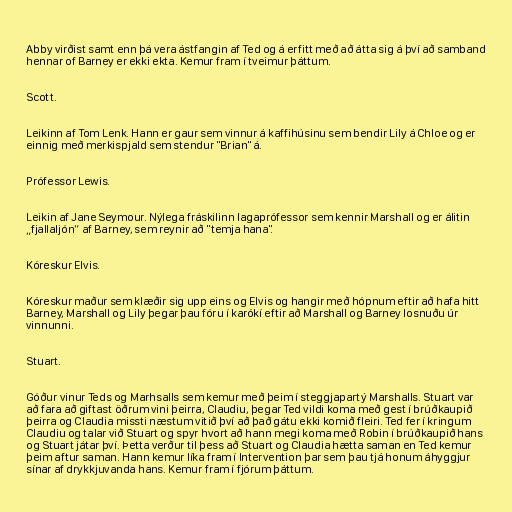
Abby virðist samt enn þá vera ástfangin af Ted og á erfitt með að átta sig á því að samband
hennar of Barney er ekki ekta. Kemur fram í tveimur þáttum.

Scott.

Leikinn af Tom Lenk. Hann er gaur sem vinnur á kaffihúsinu sem bendir Lily á Chloe og er
einnig með merkispjald sem stendur "Brian" á.

Prófessor Lewis.

Leikin af Jane Seymour. Nýlega fráskilinn lagaprófessor sem kennir Marshall og er álitin
„fjallaljón“ af Barney, sem reynir að "temja hana".

Kóreskur Elvis.

Kóreskur maður sem klæðir sig upp eins og Elvis og hangir með hópnum eftir að hafa hitt
Barney, Marshall og Lily þegar þau fóru í karókí eftir að Marshall og Barney losnuðu úr
vinnunni.

Stuart.

Góður vinur Teds og Marhsalls sem kemur með þeim í steggjapartý Marshalls. Stuart var
að fara að giftast öðrum vini þeirra, Claudiu, þegar Ted vildi koma með gest í brúðkaupið
þeirra og Claudia missti næstum vitið því að það gátu ekki komið fleiri. Ted fer í kringum
Claudiu og talar við Stuart og spyr hvort að hann megi koma með Robin í brúðkaupið hans
og Stuart játar því. Þetta verður til þess að Stuart og Claudia hætta saman en Ted kemur
þeim aftur saman. Hann kemur líka fram í Intervention þar sem þau tjá honum áhyggjur
sínar af drykkjuvanda hans. Kemur fram í fjórum þáttum.